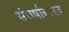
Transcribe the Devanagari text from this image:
संघर्षाबाबत